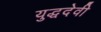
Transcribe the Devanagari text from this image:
युद्धदेवी